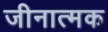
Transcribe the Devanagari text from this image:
जीनात्मक